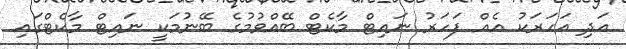
އަދި އަހަރަކު އެއް ފަހަރު ނައިޓް މާކެޓް ބޭއްވުމުގެ ބޭނުމަކީ ނައިޓް މާކެޓްގައި